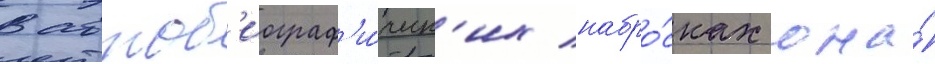
В автоб'иограф'и́ческ'их набро́сках она́